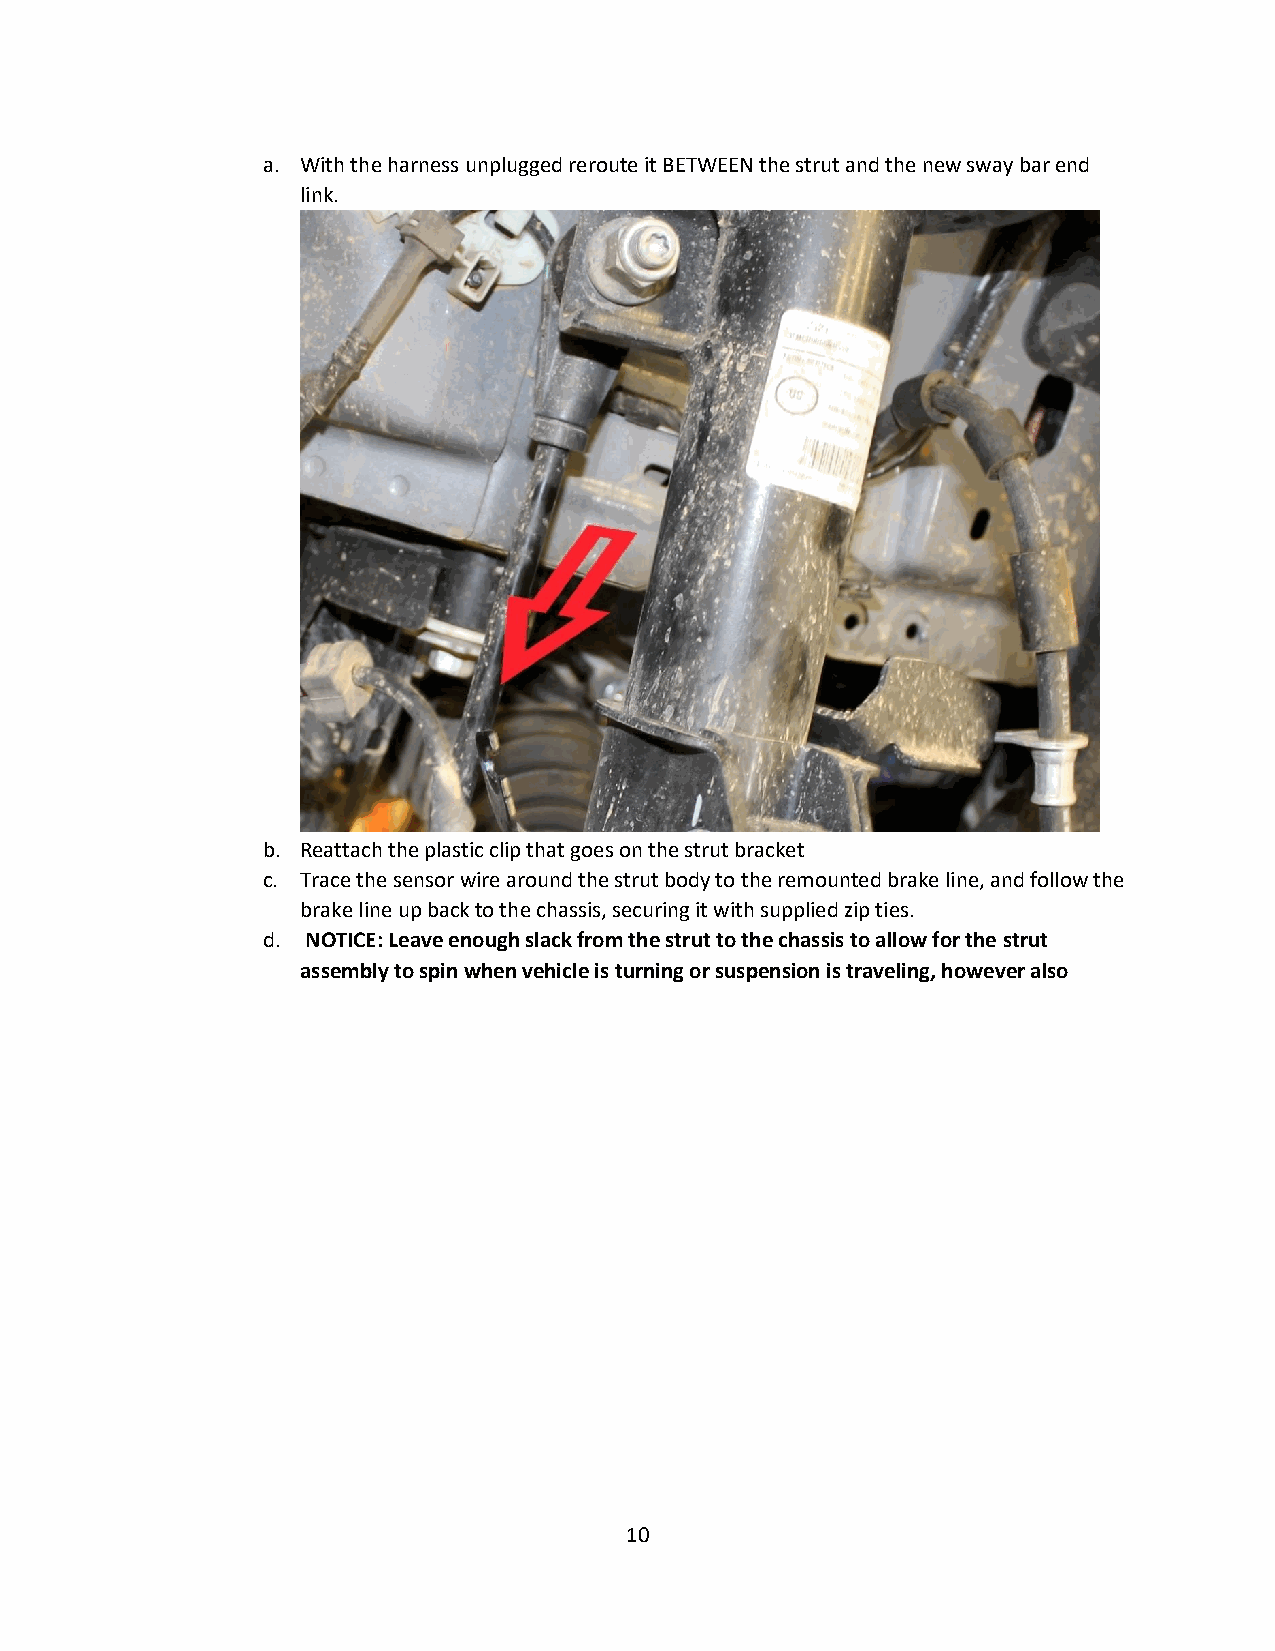
a. With the harness unplugged reroute it BETWEEN the strut and the new sway bar end
 link.
 b. Reattach the plastic clip that goes on the strut bracket
 c. Trace the sensor wire around the strut body to the remounted brake line, and follow the
 brake line up back to the chassis, securing it with supplied zip ties.
 d. NOTICE: Leave enough slack from the strut to the chassis to allow for the strut
 assembly to spin when vehicle is turning or suspension is traveling, however also
 10